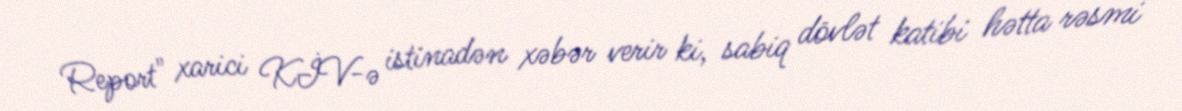
Report" xarici KİV-ə istinadən xəbər verir ki, sabiq dövlət katibi hətta rəsmi